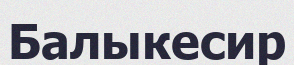
Балыкесир